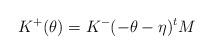
LaTeX: \begin{align*}K^{+}(\theta) = K^{-}(- \theta -\eta)^{t} M\end{align*}